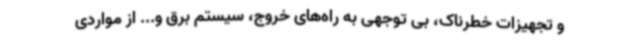
و تجهیزات خطرناک، بی توجهی به راه‌های خروج، سیستم برق و... از مواردی